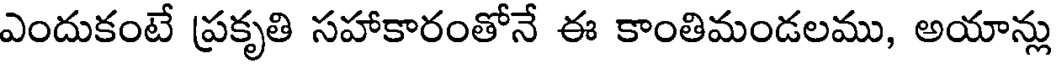
ఎందుకంటే ప్రకృతి సహాకారంతోనే ఈ కాంతిమండలము, అయాన్లు